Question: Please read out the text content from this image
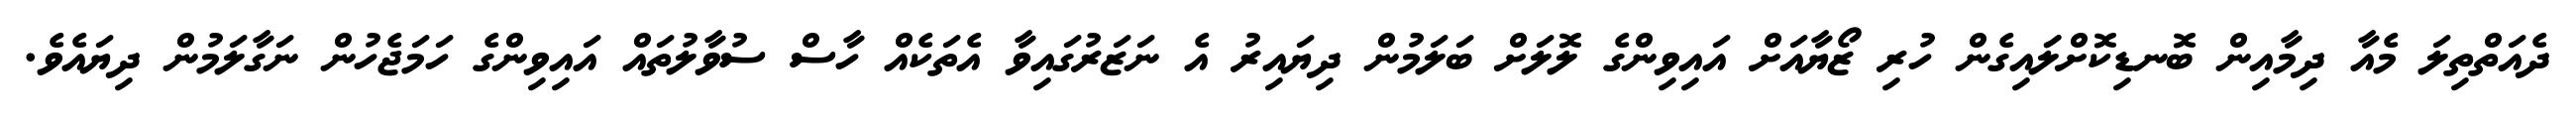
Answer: ދެއަތްތިލަ މެއާ ދިމާއިން ބޮނޑިކޮށްލަައިގެން ހުރި ޒޯޔާއަށް އައިވިންގެ ލޮލަށް ބަލަމުން ދިޔައިރު އެ ނަޒަރުގައިވާ އެތަކެއް ހާސް ސުވާލުތައް އައިވިންގެ ހަމަޖެހުން ނަގާލަމުން ދިޔައެވެ.